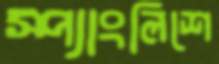
স্প্যাংলিশে